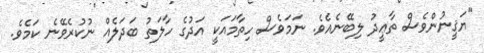
"ޔަޤީނުންވެސް ތާޢީދު ލިބޭނެއެވެ. ނަމަވެސް ހިތާމައަކީ އަދުގެ ހާލަތު ބަދަލެއް ނުކުރެވޭނެ ކަމެވެ.